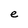
Character: e